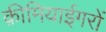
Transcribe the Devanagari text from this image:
क़ीमियाईगरों